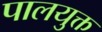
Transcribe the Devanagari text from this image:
पालयुक्त